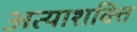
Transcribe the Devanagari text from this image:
अत्याशक्ति